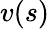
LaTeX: v(s)